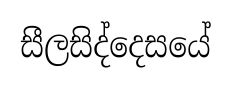
සීලසිද්දෙසයේ